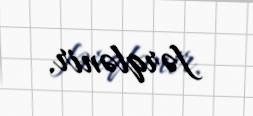
fərqlənir.